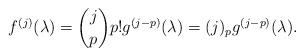
LaTeX: \begin{align*}f^{(j)}(\lambda) = \binom{j}{p} p! g^{(j-p)} (\lambda) = (j)_p g^{(j-p)} (\lambda).\end{align*}